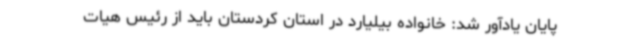
پایان یادآور شد: خانواده بیلیارد در استان کردستان باید از رئیس هیات